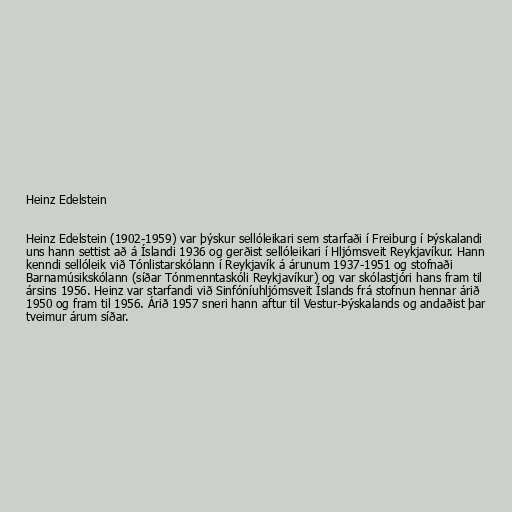
Heinz Edelstein

Heinz Edelstein (1902-1959) var þýskur sellóleikari sem starfaði í Freiburg í Þýskalandi
uns hann settist að á Íslandi 1936 og gerðist sellóleikari í Hljómsveit Reykjavíkur. Hann
kenndi sellóleik við Tónlistarskólann í Reykjavík á árunum 1937-1951 og stofnaði
Barnamúsikskólann (síðar Tónmenntaskóli Reykjavíkur) og var skólastjóri hans fram til
ársins 1956. Heinz var starfandi við Sinfóníuhljómsveit Íslands frá stofnun hennar árið
1950 og fram til 1956. Árið 1957 sneri hann aftur til Vestur-Þýskalands og andaðist þar
tveimur árum síðar.